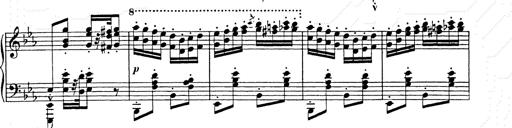
Title: Hungarian Rhapsody No.9
Composer: Franz Liszt
Key: E-flat major